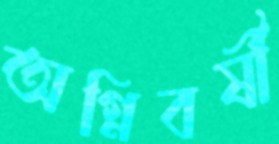
অগ্নিবর্ষী